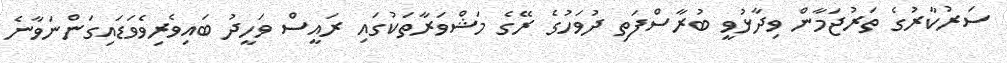
ސަރުކާރުގެ ތަރުޖަމާން ވިދާޅުވީ ބުރާސްފަތި ދުވަހުގެ ރޭގެ މަޝްވަރާތަކުގައި ރައީސް ވަހީދު ބައިވެރިވެވަޑައިގަންނަވާނެ